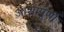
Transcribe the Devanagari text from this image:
आशापूर्णी